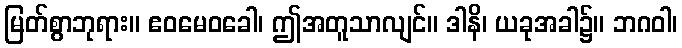
မြတ်စွာဘုရား။ ဧဝမေဝခေါ၊ ဤအတူသာလျင်။ ဒါနိ၊ ယခုအခါ၌။ ဘဂဝါ၊